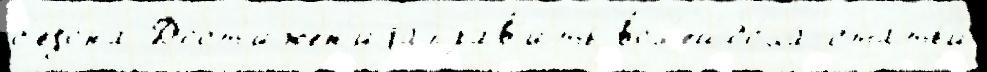
с'езо́на Дост'ижен'иjаправ'ить вол'ейбо́ла статьи́